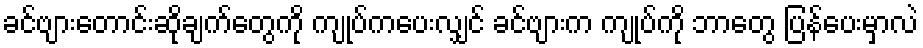
ခင်ဗျားတောင်းဆိုချက်တွေကို ကျုပ်ကပေးလျှင် ခင်ဗျားက ကျုပ်ကို ဘာတွေ ပြန်ပေးမှာလဲ